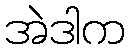
အဲဒါက